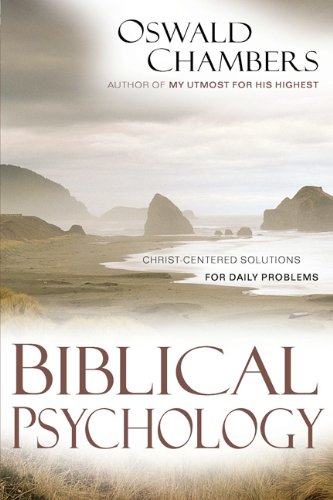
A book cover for Biblical Psychology: Christ-Centered Solutions for Daily Problems (OSWALD CHAMBERS LIBRARY); Oswald Chambers; Christian Books & Bibles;